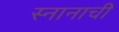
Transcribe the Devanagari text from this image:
स्नानाची